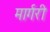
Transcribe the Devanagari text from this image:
मार्गरी